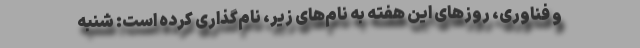
و فناوری، روزهای این هفته به نام‌های زیر، نام‌گذاری کرده است: شنبه